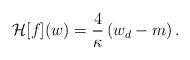
LaTeX: \begin{align*}\mathcal{H}[f](w)=\frac{4}{\kappa}\left(w_d-m\right).\end{align*}